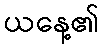
ယနေ့၏